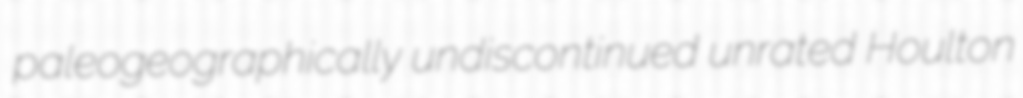
paleogeographically undiscontinued unrated Houlton